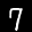
Label: 7